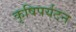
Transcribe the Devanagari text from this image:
कृषिपर्यटन